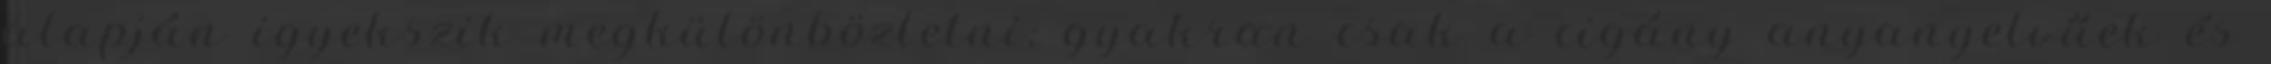
alapján igyekszik megkülönböztetni; gyakran csak a cigány anyanyelvűek és